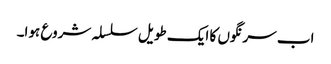
اب سرنگوں کا ایک طویل سلسلہ شروع ہوا۔